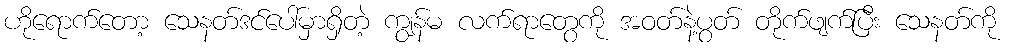
ဟိုရောက်တော့ သေနတ်ဒင်ပေါ်မှာရှိတဲ့ ကျွန်မ လက်ရာတွေကို အဝတ်နဲ့ပွတ် တိုက်ဖျက်ပြီး သေနတ်ကို